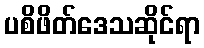
ပစိဖိတ်ဒေသဆိုင်ရာ